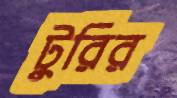
টুরির